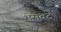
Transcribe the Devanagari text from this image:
भरावट